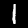
Label: 1